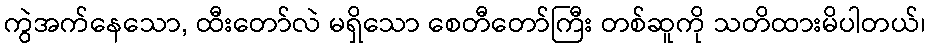
ကွဲအက်နေသော, ထီးတော်လဲ မရှိသော စေတီတော်ကြီး တစ်ဆူကို သတိထားမိပါတယ်၊